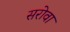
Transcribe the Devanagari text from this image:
सरोवा